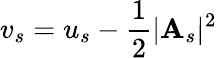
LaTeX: v_{s}=u_{s}-\frac 12\vert\mathbf{A}_{s}\vert^{2}